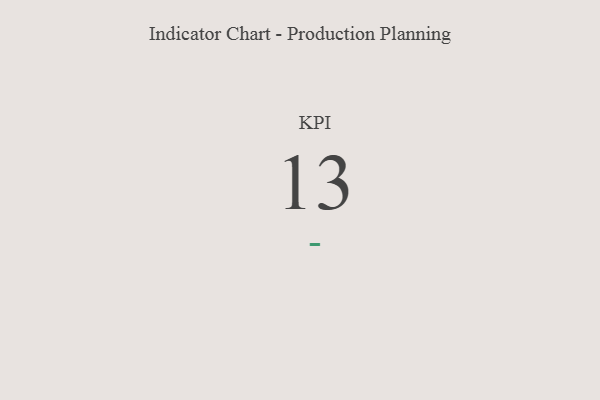
{"axis": {"x": "KPI", "y": "Value"}, "legend": [""], "data": [{"x": "KPI", "y": 13, "type": ""}]}